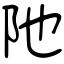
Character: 阤